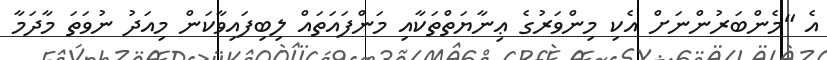
އެ "މެންބަރުންނަށް އެކި މިންވަރުގެ ޢިނާޔަތްތަކާއި މަންފައަތައް ލިބިފައިވާކަން މިއަދު ނުވަތަ މާދަމާ